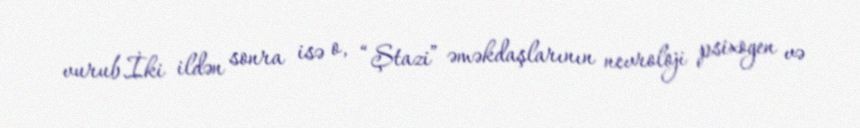
vurub.İki ildən sonra isə o, “Ştazi” əməkdaşlarının nevroloji psixogen və